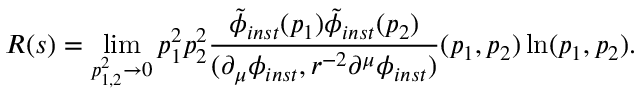
R ( s ) = \operatorname * { l i m } _ { p _ { 1 , 2 } ^ { 2 } \rightarrow 0 } p _ { 1 } ^ { 2 } p _ { 2 } ^ { 2 } \frac { \tilde { \phi } _ { i n s t } ( p _ { 1 } ) \tilde { \phi } _ { i n s t } ( p _ { 2 } ) } { ( \partial _ { \mu } \phi _ { i n s t } , r ^ { - 2 } \partial ^ { \mu } \phi _ { i n s t } ) } ( p _ { 1 } , p _ { 2 } ) \ln ( p _ { 1 } , p _ { 2 } ) .